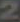
2